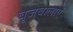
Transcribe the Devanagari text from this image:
बृजबालाएं